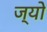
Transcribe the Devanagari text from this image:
ज्‍यो